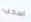
اسحب